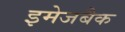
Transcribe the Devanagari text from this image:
इमेजबैक